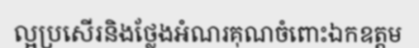
ល្អប្រសើរនិងថ្លែងអំណរគុណចំពោះឯកឧត្តម